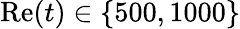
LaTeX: \mathrm{Re}(t)\in\{ 500,1000\}